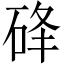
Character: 䂫